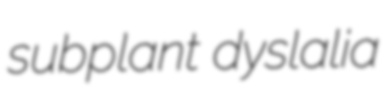
subplant dyslalia